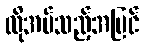
လိုအပ်သည့်အပြင်